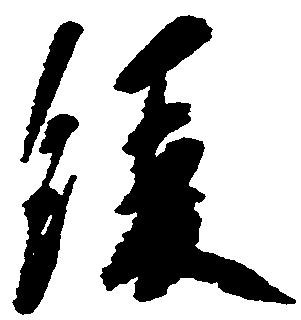
緩